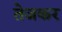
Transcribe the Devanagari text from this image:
तेजकर